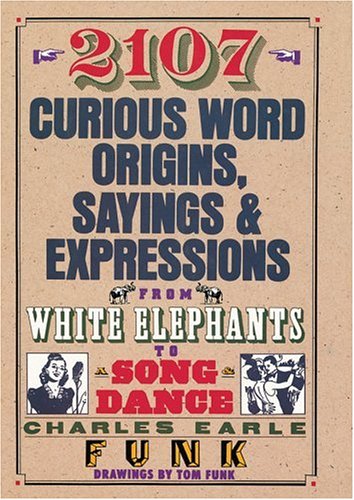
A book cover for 2107 Curious Word Origins, Sayings and Expressions from White Elephants to a Song & Dance; Charles Earle Funk; Humor & Entertainment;